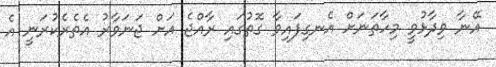
އޭނާ ވިދާޅުވީ މިހާތަނަށް އެނގިފައިވާ ގޮތުގައި ރާއްޖެ އަށް ޖަނަވާރު އެތެރެކުރަނީ އެ